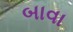
બાવા